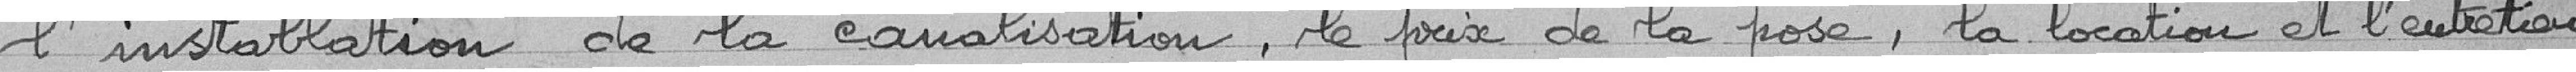
l'installation de la canalisation, le prix de la pose, la location et l'entretien